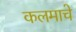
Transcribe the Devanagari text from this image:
कलमाचे